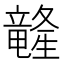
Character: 𲎭